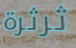
ثرثرة